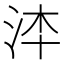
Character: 𣳰